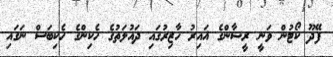
ފޭދޫ ކޯޓުން ވަނީ ރީޝާންގެ ޣައިރު ހާޒިރުގައި ދައުލަތުގެ ހެކިންގެ ހެކިބަސް ނަގައި